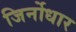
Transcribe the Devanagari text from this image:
जिर्नोधार